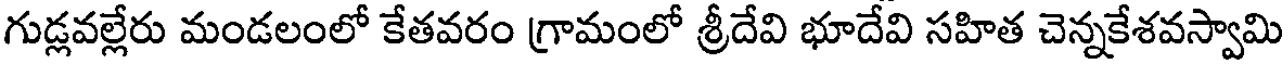
గుడ్లవల్లేరు మండలంలో కేతవరం గ్రామంలో శ్రీదేవి భూదేవి సహిత చెన్నకేశవస్వామి